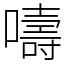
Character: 嚋